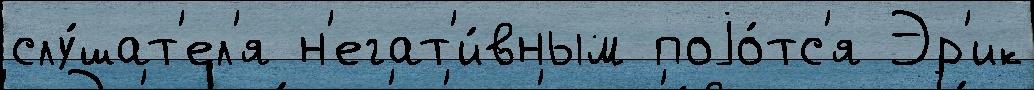
слу́шат'ел'я н'егат'и́вным поjо́тс'я Эр'ик